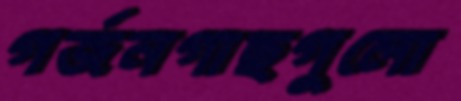
গর্জনগাছগুলো